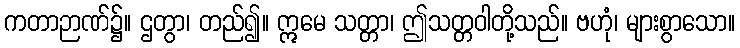
ကတာဉာဏ်၌။ ဌတွာ၊ တည်၍။ ဣမေ သတ္တာ၊ ဤသတ္တဝါတို့သည်။ ဗဟုံ၊ များစွာသော။